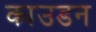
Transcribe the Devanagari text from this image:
काउडन